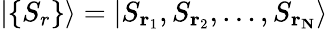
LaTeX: \left|\left\{ S_{r}\right\} \right\rangle=\left|S_{\mathbf{r}_{1}},S_{\mathbf{r}_{2}},\ldots,S_{\mathbf{r}_{\mathbf{N}}}\right\rangle